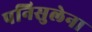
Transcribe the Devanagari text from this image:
पनिसुलेना